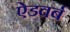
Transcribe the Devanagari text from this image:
ऐडवर्ब